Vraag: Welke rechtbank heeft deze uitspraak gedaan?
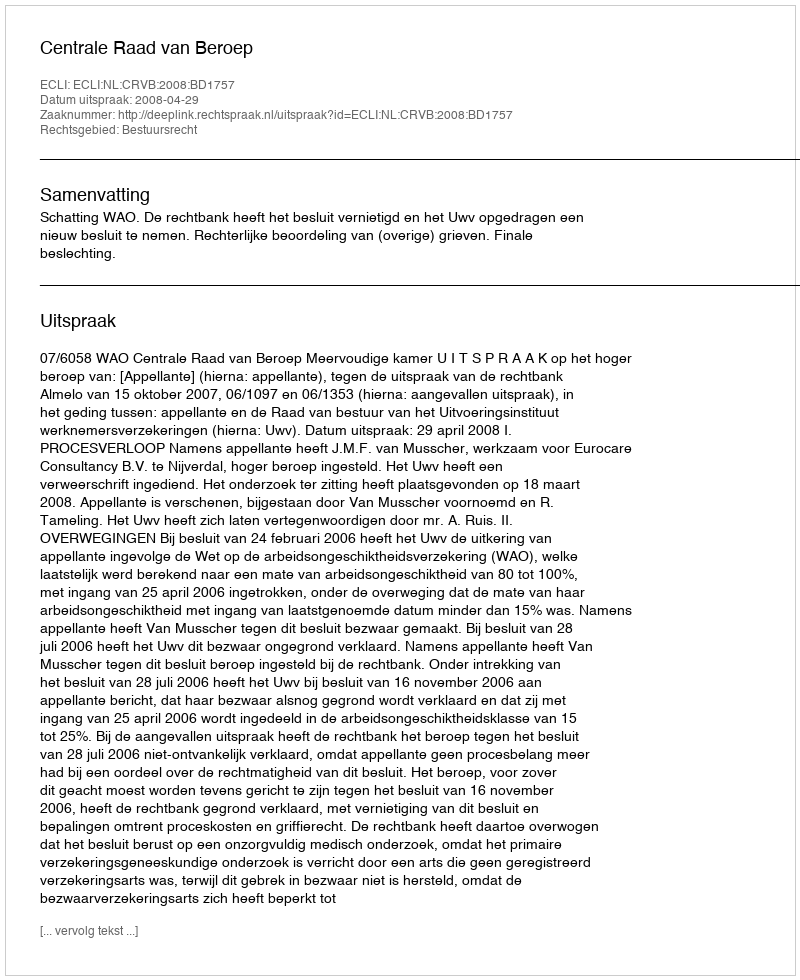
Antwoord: Centrale Raad van Beroep